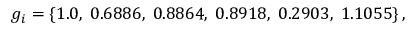
g _ { i } = \left\{ 1 . 0 , \; 0 . 6 8 8 6 , \; 0 . 8 8 6 4 , \; 0 . 8 9 1 8 , \; 0 . 2 9 0 3 , \; 1 . 1 0 5 5 \right\} ,